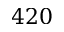
4 2 0